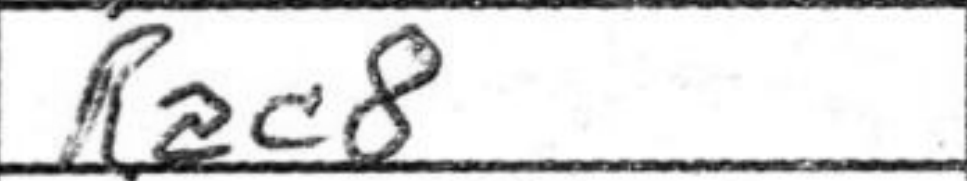
Transcription: Rac8